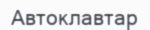
Автоклавтар